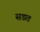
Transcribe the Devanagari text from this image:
सडत